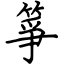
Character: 箏